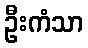
ဦးကံသာ